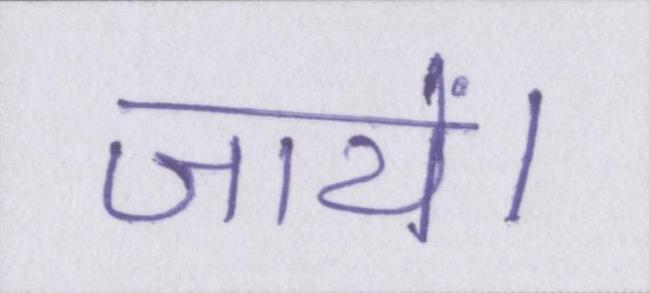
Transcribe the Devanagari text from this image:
जायें।